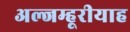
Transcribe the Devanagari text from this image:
अल्जम्हूरीयाह